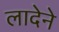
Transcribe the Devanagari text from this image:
लादेने